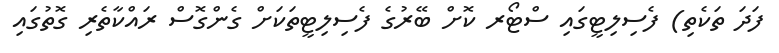
ފަދަ ތަކެތި) ފެސިލިޓީގައި ސްޓޯރ ކޮށް ބޭރުގެ ފެސިލިޓީތަކަށް ގެންގޮސް ރައްކާތެރި ގޮތުގައި